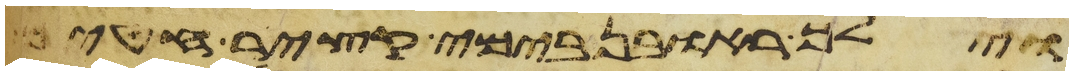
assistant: וילך ראובן בימי קציר חטים